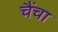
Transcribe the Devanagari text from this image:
चैंचा